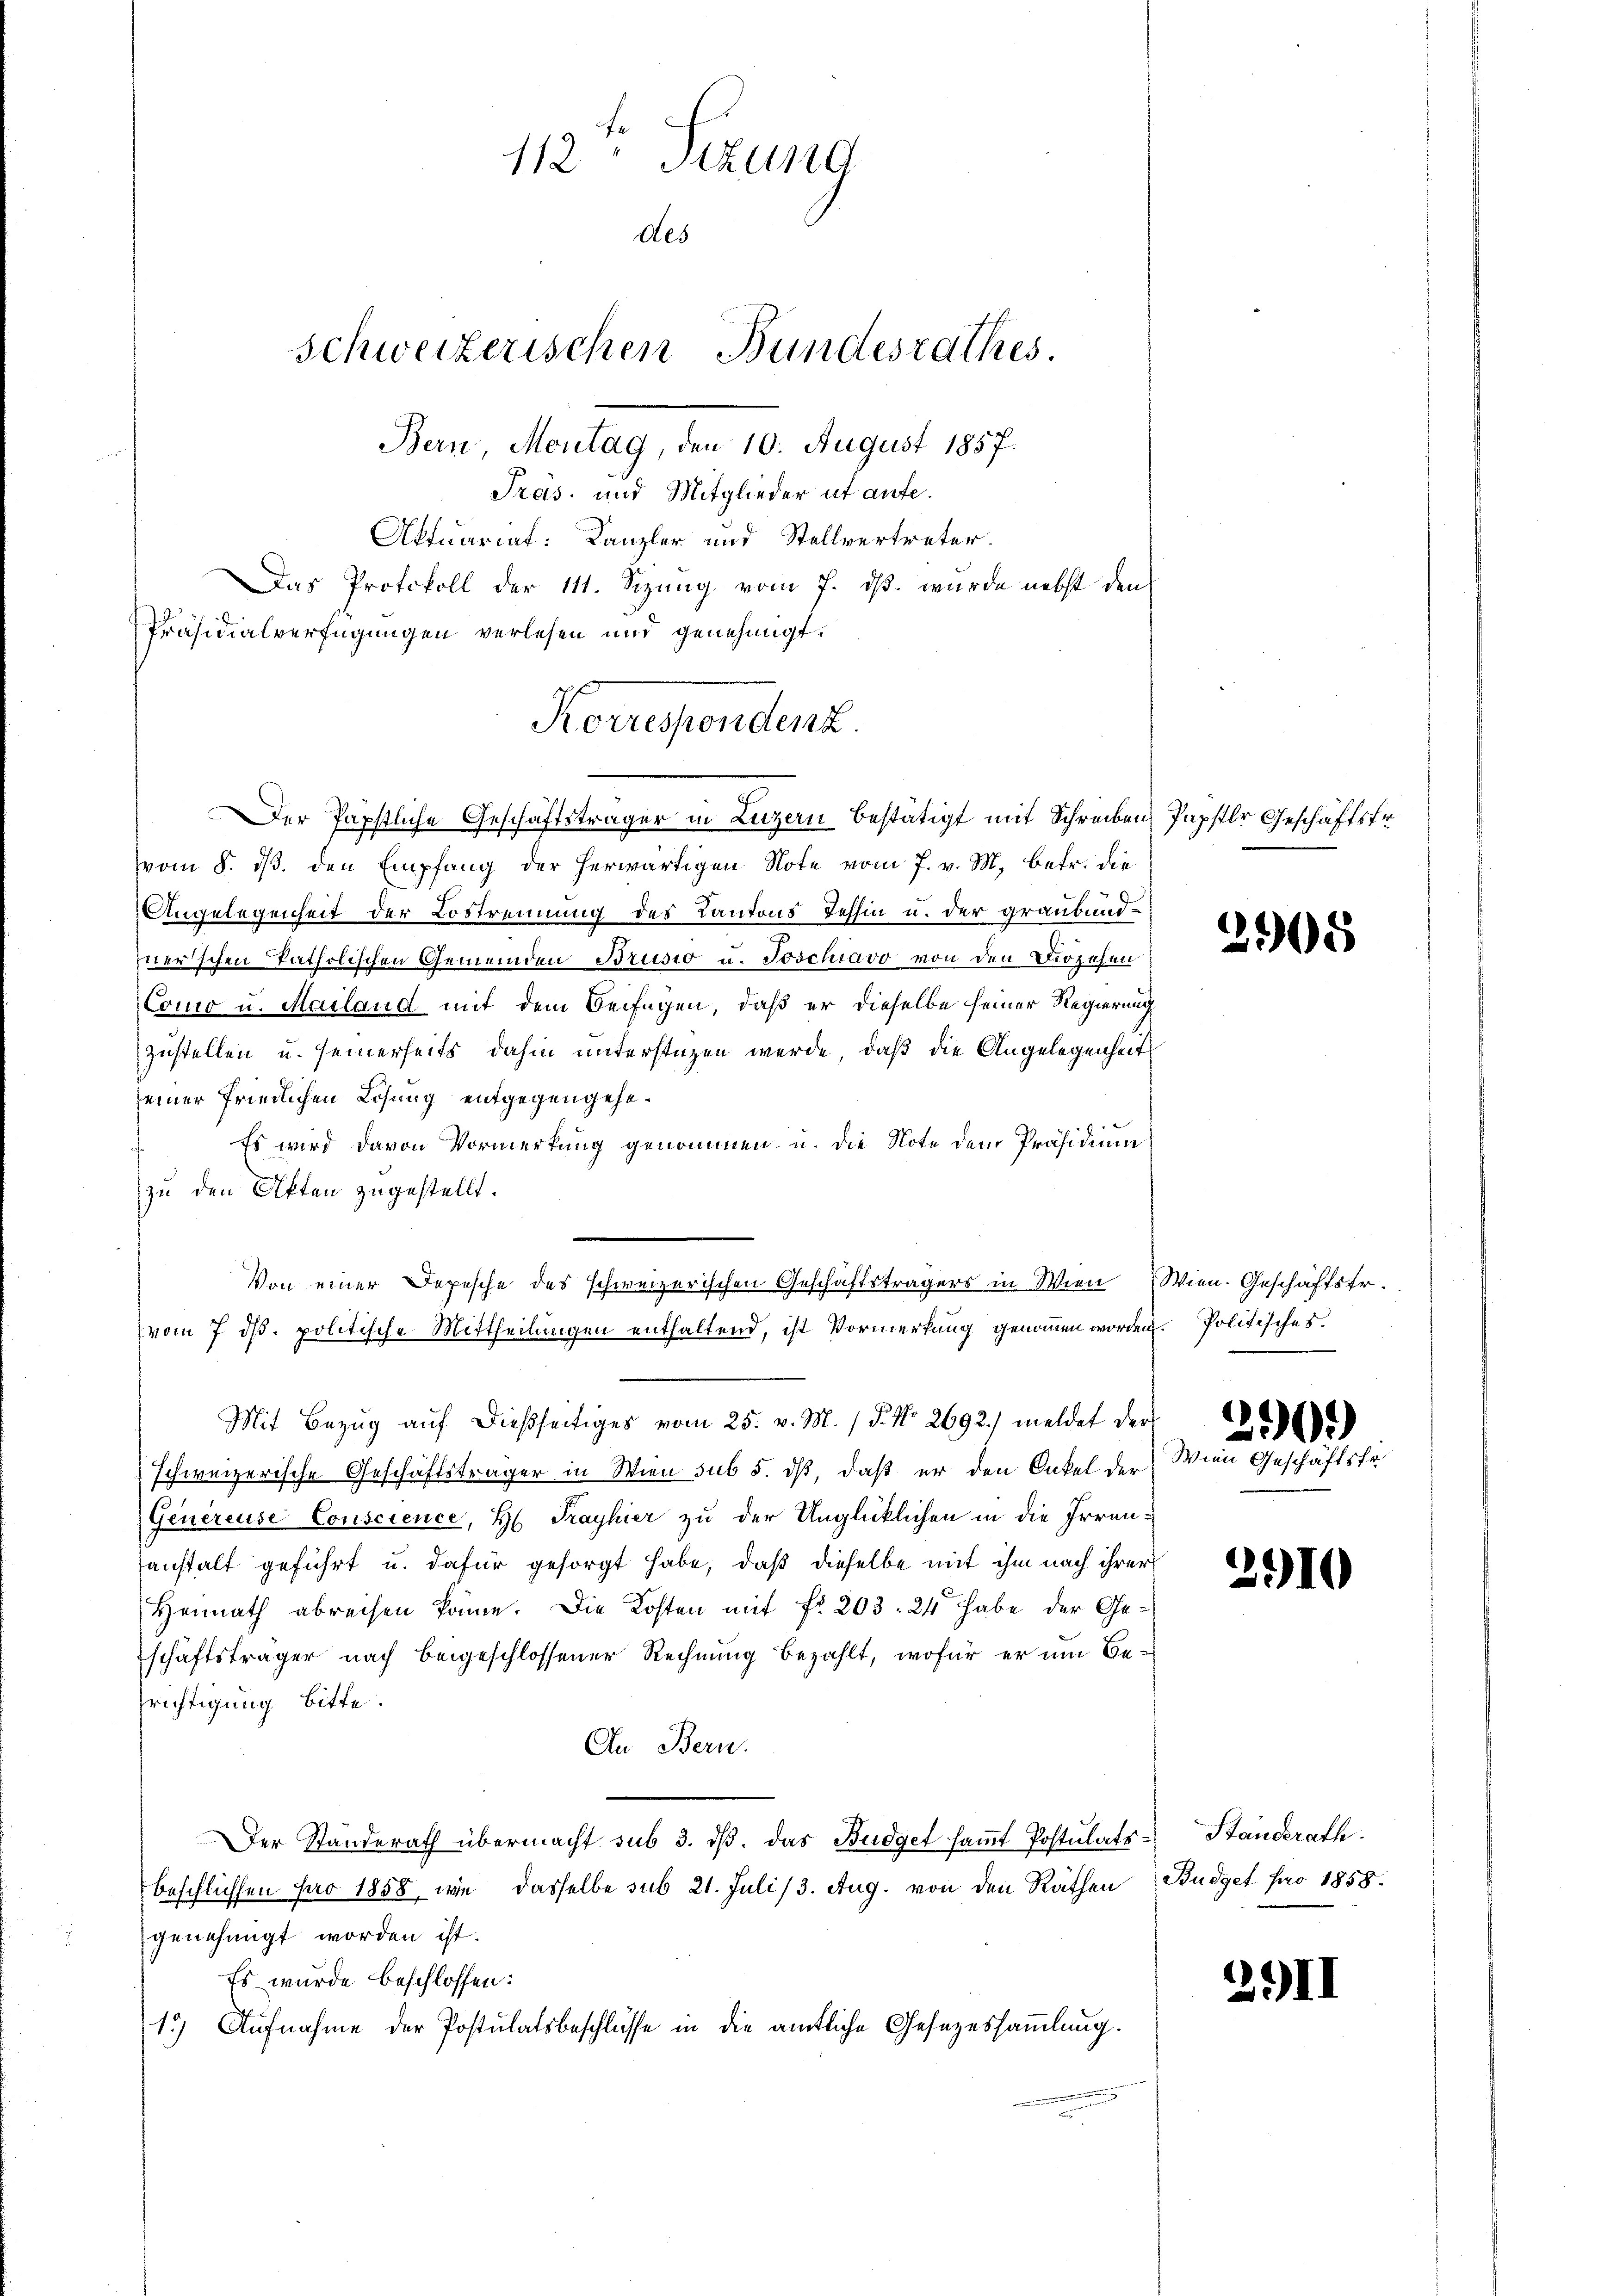
Tras. und Mitglieder ut aufe.
Aktuariat: Kanzler und Stellvertreter
Das Protokoll der 111. Sizung vom 7. ds. wurde nebst den
Präsidialverfügungen verlesen und genehmigt.
vom 8. dβ. den Empfang der herwärtigen Note vom 7. v. M. betr. die
Angelegenheit der Lostrennung des Kantons Tessin u. der graubündnerischen katholischen Gemeinden Brusio u. Joschiavo von den Diözesen
Como u. Mailand mit dem Beifügen, daß er dieselbe seiner Regierung
zustellen u. seinerseits dahin unterstüzen werde, daß die Angelegenheit
einer friedlichen Lösung entgegengehe.
Es wird davon Vormerkung genommen u. die Note dem Präsidium
zu den Akten zugestellt.
vom 7. ds. politische Mittheilungen enthaltend, ist Vormerkung genommen worden.
Mit Bezug auf dießseitiges vom 25. v. M. / 5. No 2692. meldet der
schweizerische Geschäftsträger in Wien sub 5. dß, daß er den Onkel der
Genereuse Conscience, H. Trayhier zu der Unglücklichen in die Irrenanstalt geführt u. dafür gesorgt habe, daß dieselbe mit ihm nach ihrer
Heimath abreisen könne. Die Kosten mit fr. 203. 24 habe der Geschäftsträger nach beigeschlossener Rechnung bezahlt, wofür er um Berichtigung bitte.
An Bern.
Der Standerath übermacht sub 3. dβ. Das Budget saṁt Postulats-Standerath
beschlüssen pro 1858, wie dasselbe sub 21. Juli 13. Aug. von den Räthen
genehmigt worden ist.
Es wurde beschlossen:
15) Aufnahme der Postulatsbeschlüsse in die amtliche Gesezessammlung.

112ten Sitzung
des
Schweizerischen Bundesrathes.
Bern, Montag, den 10. August 1857.

Korrespondenz.
Der Papstliche Geschäftsträger in Luzern bestätigt mit Schreiben, Papstler Geschäftsfr.

Von einer Depesche des schweizerischen Geschäftsträgers in Wien

2905

Wien. Geschäftstr.
z. Politisches.
290.
Wien Geschäftsfr.

2910

Budget pro 1858.

2.II